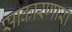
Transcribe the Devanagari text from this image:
साकारणारा